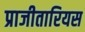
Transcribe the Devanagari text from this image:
प्राजीतारियस